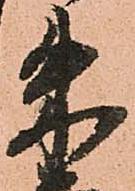
朱